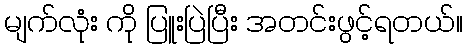
မျက်လုံး ကို ပြူးပြဲပြီး အတင်းဖွင့်ရတယ်။